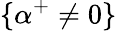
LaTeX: \{ \alpha^{+}\neq 0\}